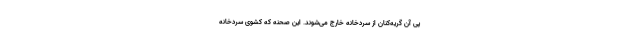
پی آن گریه‌کنان از سردخانه خارج می‌شوند. این صحنه که کشوی سردخانه